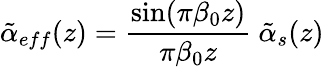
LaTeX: \tilde{\alpha}_{eff}(z)={\frac{\sin(\pi\beta_{0}z)}{\pi\beta_{0}z}}\ \tilde{\alpha}_{s}(z)